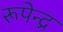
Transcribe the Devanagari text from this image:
रूपेन्द्र